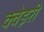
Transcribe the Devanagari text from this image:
क्वेइरी